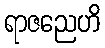
ရာဇညေဟိ